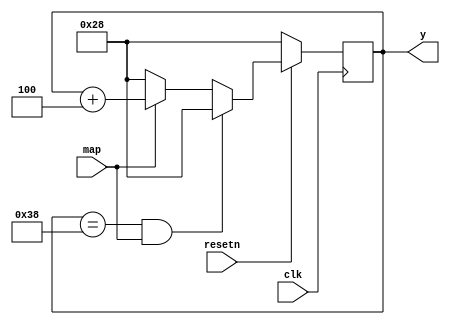
module y_update_2 (input map,input clk, input resetn, output reg [7:0] y);


 always@(posedge clk)
 if(resetn == 1'b0)
 y <= 8'd40;
 else if(y == 8'd56 && map)
 y <= 8'd40;
 else if(map)
 y <= y + 3'd4;
 else if (!map) y <= 8'd40;
endmodule